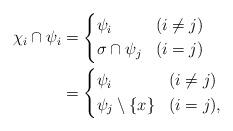
LaTeX: \begin{align*}\chi_i \cap \psi_i &= \left\{\begin{aligned}& \psi_i & &(i \neq j) \\& \sigma \cap \psi_j & &(i=j) \end{aligned} \right. \\&=\left\{\begin{aligned}& \psi_i & &(i \neq j) \\& \psi_j \setminus \{x\} & &(i=j) ,\end{aligned} \right.\end{align*}